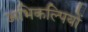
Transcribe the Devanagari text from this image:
अभिकल्पियों